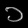
Digit: ၁